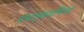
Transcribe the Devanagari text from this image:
ग्रंथानुक्रमणिका